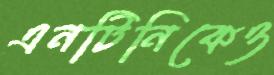
এনটিনিকেও